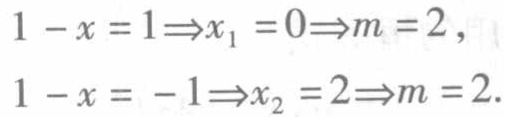
$1 - x = 1\Rightarrow x_{1} = 0\Rightarrow m = 2,\\
1 - x = -1\Rightarrow x_{2} = 2\Rightarrow m = 2.$